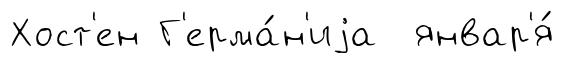
Хост'ен Г'ерма́н'иjа январ'я́